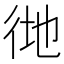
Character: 𢓧